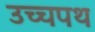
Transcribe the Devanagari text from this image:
उच्चपथ